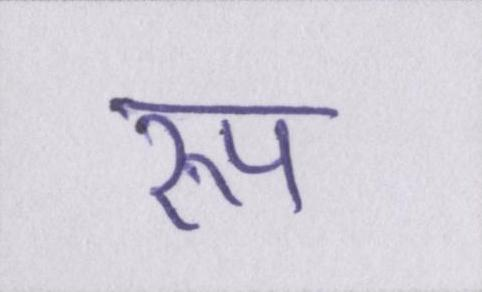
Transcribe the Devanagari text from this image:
रुप